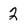
Character: 2